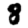
Digit: 8